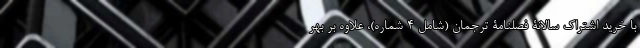
با خرید اشتراک سالانۀ فصلنامۀ ترجمان (شامل ۴ شماره)، علاوه بر بهر